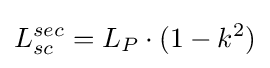
L_{sc}^{sec}=L_{P}\cdot {(1-k^{2})}